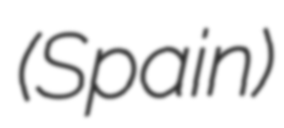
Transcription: (Spain)